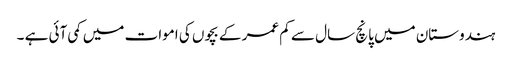
ہندوستان میں پانچ سال سے کم عمر کے بچوں کی اموات میں کمی آئی ہے ۔